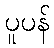
ပူပန်